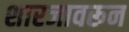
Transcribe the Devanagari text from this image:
शारजावरून